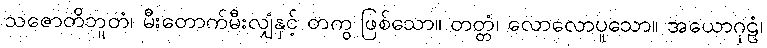
သဇောတိဘူတံ၊ မီးတောက်မီးလျှံနှင့် တကွ ဖြစ်သော။ တတ္တံ၊ လောလောပူသော။ အယောဂုဠံ၊